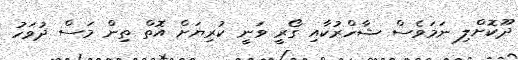
ދޫކޮށްލި ނަމަވެސް ޝާހްރުކާއި ގޯރީ ވަނީ ކުރިޔަށް އޮތް ތިން މަސް ދުވަހު